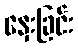
နှေးခြင်း